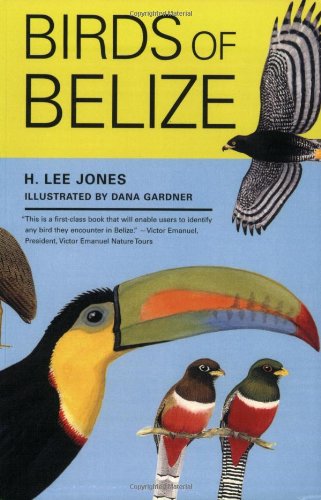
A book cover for Birds of Belize (Corrie Herring Hooks Series); H. Lee Jones; Science & Math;